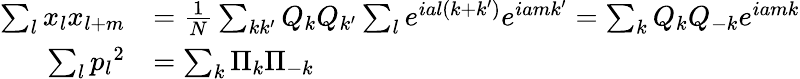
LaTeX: {\begin{array}{rl}{\sum_{l}x_{l}x_{l+m}}&{={\frac{1}{N}}\sum_{kk^{\prime}}Q_{k}Q_{k^{\prime}}\sum_{l}e^{ial\left(k+k^{\prime}\right)}e^{iamk^{\prime}}=\sum_{k}Q_{k}Q_{-k}e^{iamk}}\\ {\sum_{l}{p_{l}}^{2}}&{=\sum_{k}\Pi_{k}\Pi_{-k}}\end{array}}